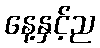
နေ့နှင့်ည